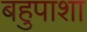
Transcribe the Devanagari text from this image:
बहुपाशा